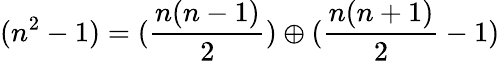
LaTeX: (n^{2}-1)=(\frac{n(n-1)}{2})\oplus(\frac{n(n+1)}{2}-1)